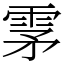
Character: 雺